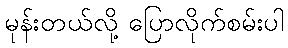
မုန်းတယ်လို့ ပြောလိုက်စမ်းပါ